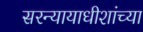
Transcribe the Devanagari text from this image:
सरन्यायाधीशांच्या